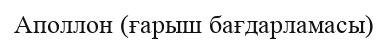
Аполлон (ғарыш бағдарламасы)